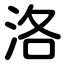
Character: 洛